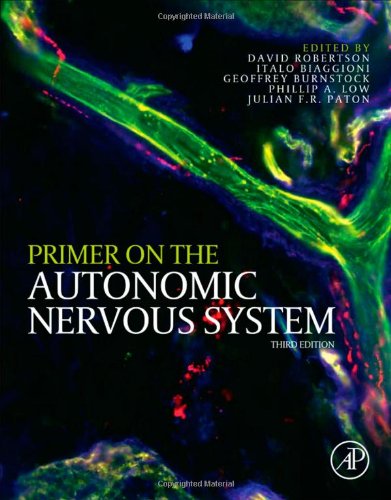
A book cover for Primer on the Autonomic Nervous System, Third Edition; Medical Books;